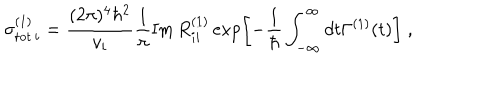
\sigma _ { \mathrm { t o t } \, i } ^ { ( 1 ) } = \frac { ( 2 \pi ) ^ { 4 } \hbar ^ { 2 } } { v _ { i } } \frac { 1 } { \pi } \mathrm { I m } \, R _ { i i } ^ { ( 1 ) } \exp \left[ - \frac { 1 } { \hbar } \int _ { - \infty } ^ { \infty } d t \Gamma ^ { ( 1 ) } ( t ) \right] \; ,